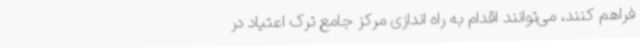
فراهم کنند، می‌توانند اقدام به راه اندازی مرکز جامع ترک اعتیاد در